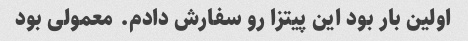
اولین بار بود این پیتزا رو سفارش دادم. معمولی بود